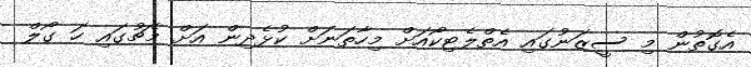
އެގޮތުން މި ސީޒަނުގައި އެތްލެޓިކޯއަށް މިހާތަނަށް ކުޅެދިން އަށް މެޗުގައި ހަ ގޯލް